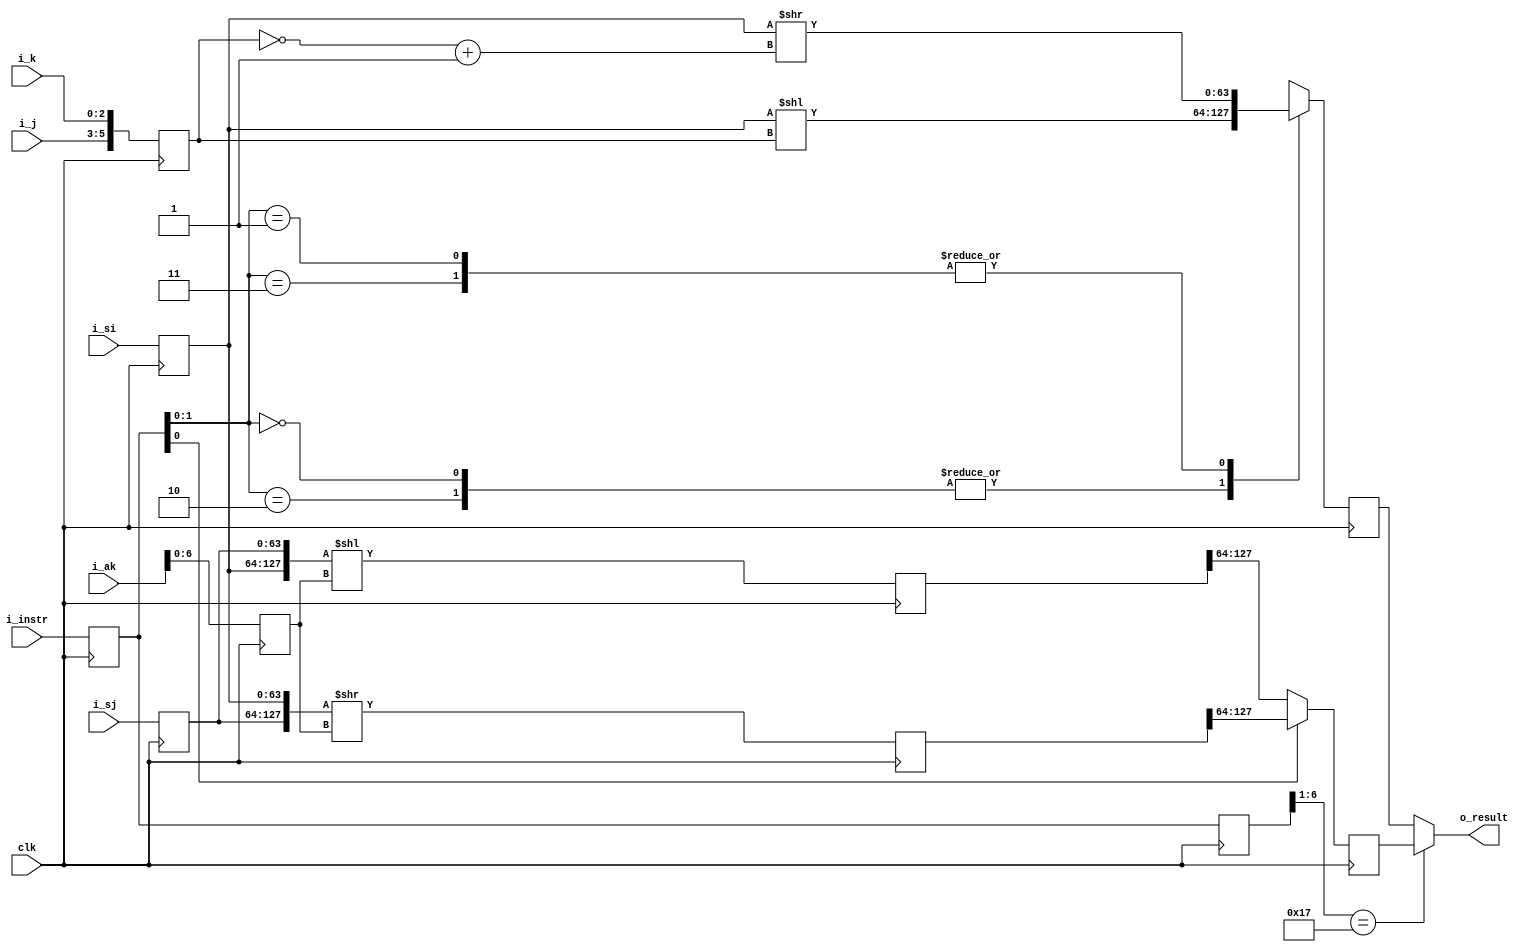
//******************************************
//            Scalar Shift Unit
//******************************************
//
//The scalar shift unit shifts the entire 64-bit
//contents of an S-register or shifts the double 
//128-bit contents of two concatenated S registers.
//Shift counts are obtained from an A register or
//from the jk portion of the instruction. Shifts 
//are end off with zero fill. For a double-shift,
//a circular shift is effected if the shift count
//does not exceed 64 and the i and j designators
//are equal and non-zero.

//The scalar shift unit executes instructions 052
//through 057. Single-register shift instructions,
// 052 through 055, are executed in two clock
//periods. Double-register shift instructions, 056
//and 057, are executed in three clock periods.

//{g[3:0],h[2:0],i[2:0],jk[5:0]}
//g,h==opcode, i==oprnd and result reg, jk==shift, mask count

//052ijk == Shift (Si) left jk places and enters the result into S0
//053ijk == Shift (Si) right by 64-jk places and enters the result in S0
//054ijk == Shift (Si) left jk places and enters the result into Si
//055ijk == Shift (Si) right by 64-jk places and enters the result into Si


//056ijk == Shift (Si) and (Sj) left by (Ak) places to Si
//057ijk == Shift (Sj) and (Si) right by (Ak) places to Si

//Hold issue conditions:
//      034-037 in process
//      Exchange in process
//      S register access conflict
//      Si reserved
//      S0 reserved (052 and 053 only)

//Execution time
//      for 052, 053, S0 ready - 2 CPs
//      for 054, 055, Si ready - 2 CPs
//      for 056, 057 - 3 CPs
//      Instruction issue - 1 CP

module scalar_shift(clk, i_si, i_sj, i_ak, i_instr, i_j, i_k, o_result);

    input wire [63:0] i_si;
    input wire [63:0] i_sj;
    input wire [23:0] i_ak;
    input wire [6:0]  i_instr;
    input wire [2:0]  i_j;
    input wire [2:0]  i_k;
    input wire clk;
    output wire [63:0] o_result;

    reg [6:0]  temp_instr0;
    reg [6:0]  temp_instr1;
    reg [63:0] temp_sj;
    reg [63:0] temp_si;
    reg [23:0] temp_ak;
    reg [5:0]  temp_jk;
    reg [63:0] result_s;
    reg [127:0] result_d1_l;
    reg [127:0] result_d1_r;
    reg [63:0] result_d;
    


//we should never be able to issue conflicting instructions back to back, so this should be fine
assign o_result = (temp_instr1[6:1]==6'b010111) ? result_d[63:0] : result_s[63:0];

always@(posedge clk)
begin
    temp_instr0[6:0] <= i_instr[6:0];
    temp_instr1[6:0] <= temp_instr0[6:0];
    temp_si[63:0]    <= i_si[63:0];
    temp_sj[63:0]    <= i_sj[63:0];
    temp_ak[23:0]    <= i_ak[23:0];
    temp_jk[5:0]     <= {i_j[2:0],i_k[2:0]};
    case(temp_instr0[1:0])
        2'b10:result_s[63:0] <= temp_si[63:0] << temp_jk;           //052ijk 
        2'b11:result_s[63:0] <= temp_si[63:0] >> (~temp_jk + 1);    //053ijk
        2'b00:result_s[63:0] <= temp_si[63:0] << temp_jk;           //054ijk
        2'b01:result_s[63:0] <= temp_si[63:0] >> (~temp_jk + 1);    //055ijk
    endcase

    result_d1_l[127:0] <= {temp_si[63:0],temp_sj[63:0]} << temp_ak[6:0];
    result_d1_r[127:0] <= {temp_sj[63:0],temp_si[63:0]} >> temp_ak[6:0]; 
    //for some reason, if A0 is selected (for Ak), it should shift by one position - page 4-37 in manual
    //and (Sj) = 0 if j=0
    result_d[63:0] <= temp_instr0[0] ? result_d1_r[127:64] : result_d1_l[127:64];
end

endmodule